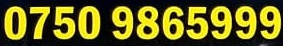
0750 9865999